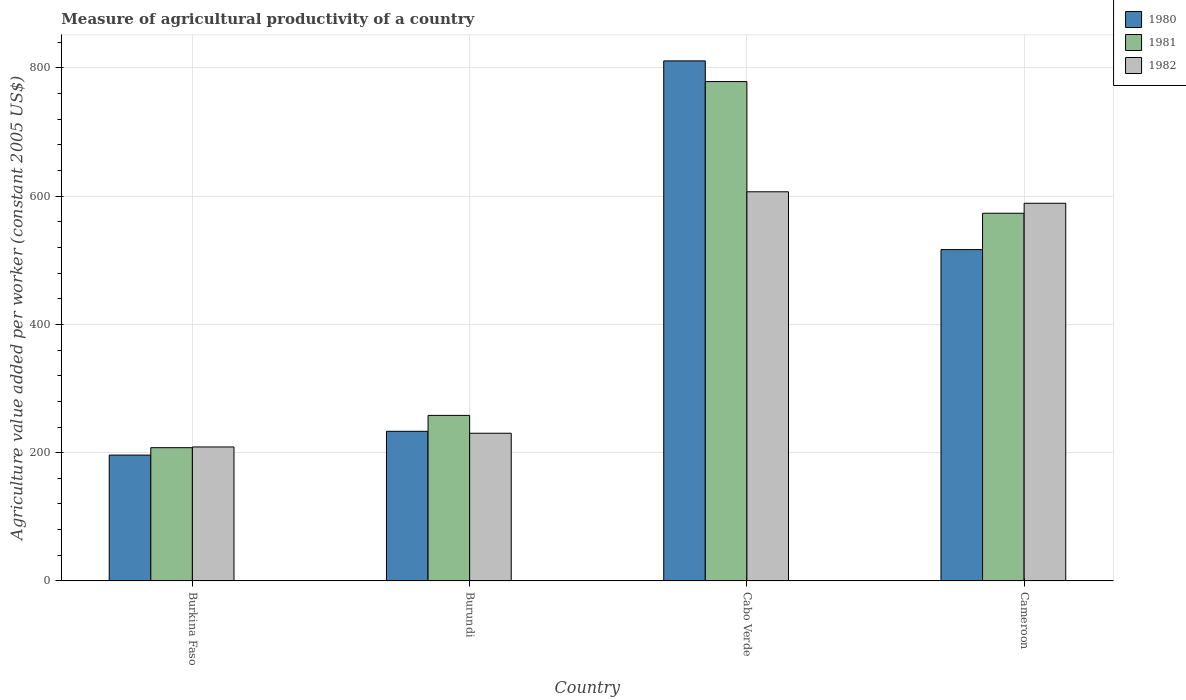
| Country | 1980 | 1981 | 1982 |
 | --- | --- | --- | --- |
 | Burkina Faso | 196 | 208 | 209 |
 | Burundi | 233 | 258 | 230 |
 | Cabo Verde | 811 | 779 | 607 |
 | Cameroon | 517 | 573 | 589 |